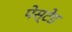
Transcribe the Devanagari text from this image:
पेस्टेड